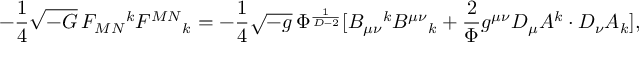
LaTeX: - \frac { 1 } { 4 } \sqrt { - G } \, F _ { M N } { } ^ { k } F ^ { M N } { } _ { k } = - \frac { 1 } { 4 } \sqrt { - g } \, \Phi ^ { \frac { 1 } { D - 2 } } [ B _ { \mu \nu } { } ^ { k } B ^ { \mu \nu } { } _ { k } + \frac { 2 } { \Phi } g ^ { \mu \nu } D _ { \mu } A ^ { k } \cdot D _ { \nu } A _ { k } ] ,